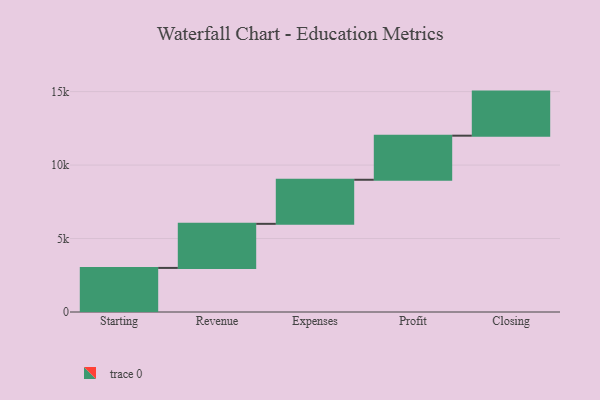
{"axis": {"x": "Step", "y": "Value"}, "legend": [""], "data": [{"x": "Starting", "y": 3000, "type": ""}, {"x": "Revenue", "y": 3000, "type": ""}, {"x": "Expenses", "y": 3000, "type": ""}, {"x": "Profit", "y": 3000, "type": ""}, {"x": "Closing", "y": 3000, "type": ""}]}